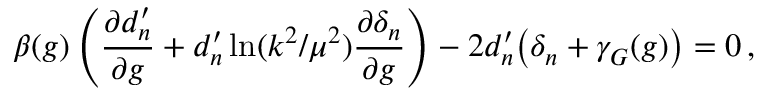
\beta ( g ) \left( \frac { \partial d _ { n } ^ { \prime } } { \partial g } + d _ { n } ^ { \prime } \ln ( k ^ { 2 } / \mu ^ { 2 } ) \frac { \partial \delta _ { n } } { \partial g } \right) - 2 d _ { n } ^ { \prime } \big ( \delta _ { n } + \gamma _ { G } ( g ) \big ) = 0 \, ,